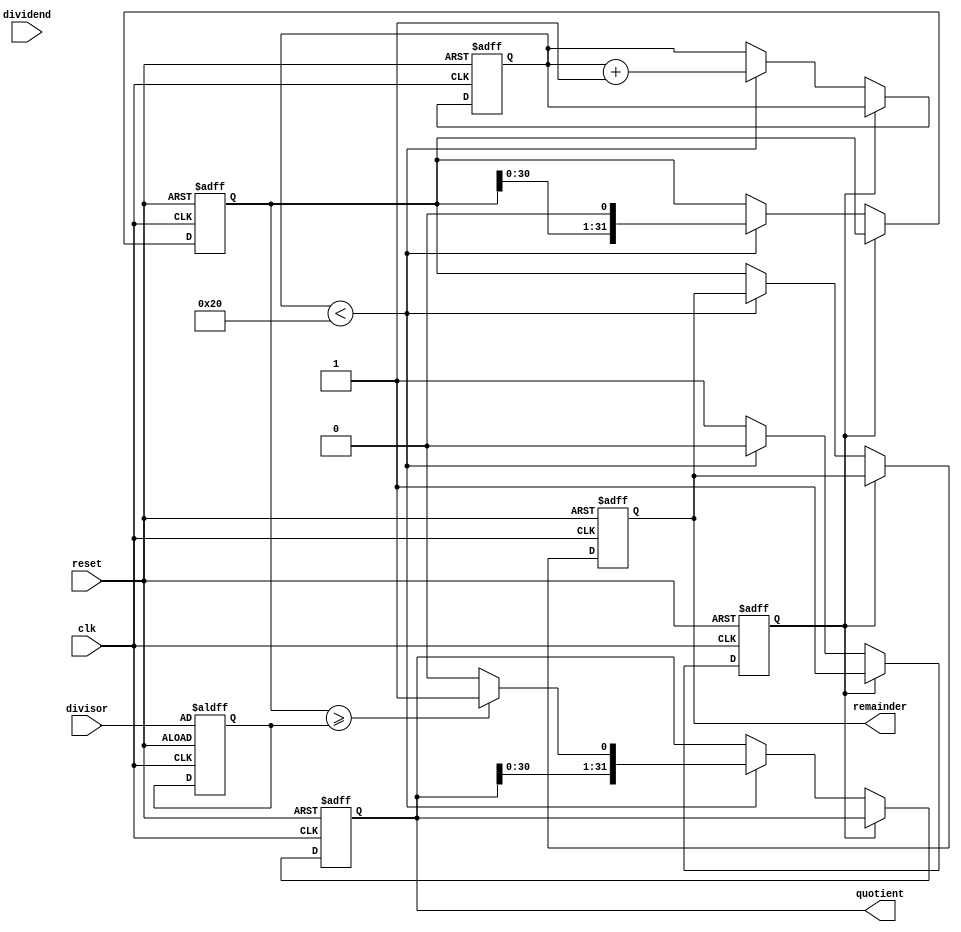
module binary_divider (
    input wire clk,
    input wire reset,
    input wire [31:0] dividend,
    input wire [31:0] divisor,
    output reg [31:0] quotient,
    output reg [31:0] remainder
);

reg [31:0] temp_dividend;
reg [31:0] temp_remainder;

reg [5:0] count;
reg done;

always @(posedge clk or posedge reset) begin
    if (reset) begin
        temp_dividend <= 32'h0;
        temp_remainder <= divisor;
        count <= 6'b0;
        done <= 1'b0;
        quotient <= 32'h0;
        remainder <= 32'h0;
    end else if (!done) begin
        if (count < 32) begin
            temp_dividend <= {temp_dividend[30:0], dividend[31]};
            if (temp_dividend >= temp_remainder) begin
                temp_dividend <= temp_dividend - temp_remainder;
                quotient <= {quotient[30:0], 1'b1};
            end else begin
                quotient <= {quotient[30:0], 1'b0};
            end
            temp_dividend <= temp_dividend << 1;
            count <= count + 1;
        end else begin
            remainder <= temp_dividend;
            done <= 1'b1;
        end
    end
end

endmodule